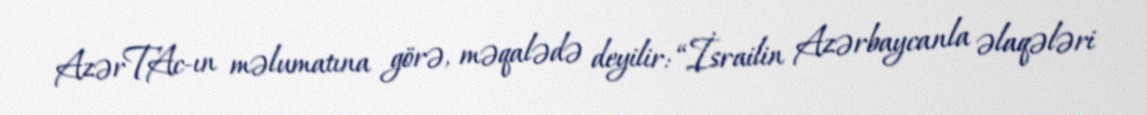
AzərTAc-ın məlumatına görə, məqalədə deyilir: “İsrailin Azərbaycanla əlaqələri